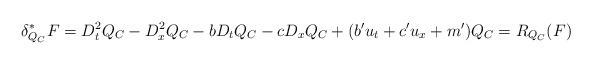
LaTeX: \begin{align*} \delta^*_{Q_C} F= D_t^2Q_C -D_x^2Q_C -b D_tQ_C -c D_x Q_C +(b' u_t+c' u_x+m')Q_C = R_{Q_C}(F)\end{align*}